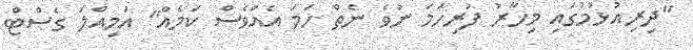
"ދިރިއުޅުމުގައި މިހާރު ފުރިހަމަ ނުވެ ނެތް ހަމަ އެއްވެސް ކަމެއް" އަމިއްލަ ގެސްޓް